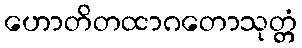
ဟောတိတထာဂတောသုတ္တံ